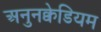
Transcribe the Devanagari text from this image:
अनुनक्वेडियम